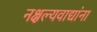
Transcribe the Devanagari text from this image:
नक्षल्यवाद्यांना